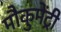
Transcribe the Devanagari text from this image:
मौकुमेंट्री